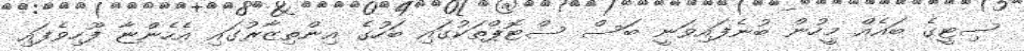
ސިޓީގެ ބައެއް މީހުން ބުނެފައިވަނީ ބަސް ސްޓޮޕްތަކުގައި ބަހުގެ އިންތިޒާރުގައި އެހެންޏާ ފޫހިވެފައި